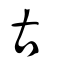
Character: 古